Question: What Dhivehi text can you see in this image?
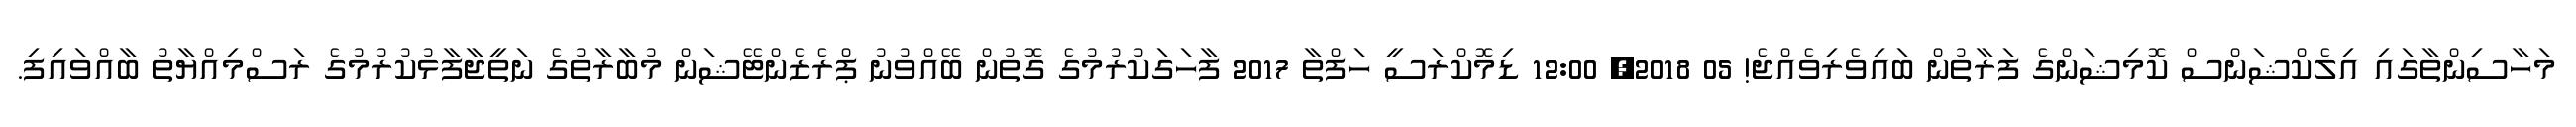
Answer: މަހާސިންތާގައި އިލެކްޝަންސް ކޮމިޝަންގެ ފަރާތުން ބައިވެރިވެއްޖެ! 05 2018, 12:00 ޑިމޮކްރަސީ ހަފްތާ 2017 ފާހަގަކުރުމުގެ ގޮތުން ބޭއްވުނު ޕްރެޒެންޓޭޝަން މުބާރާތުގެ ނަތީޖާފާޅުކުރުމުގެ ރަސްމިއްޔާތު ބާއްވައިފި.